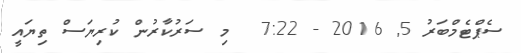
ސެޕްޓެމްބަރު 5